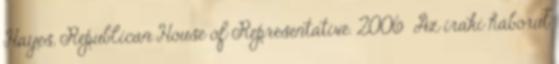
Hayes, Republican House of Representative. 2006 Az iraki háborút